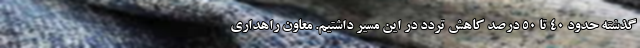
گذشته حدود ۴۰ تا ۵۰ درصد کاهش تردد در این مسیر داشتیم. معاون راهداری